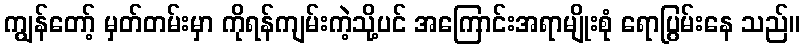
ကျွန်တော့် မှတ်တမ်းမှာ ကိုရန်ကျမ်းကဲ့သို့ပင် အကြောင်းအရာမျိုးစုံ ရောပြွမ်းနေ သည်။